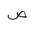
Letter: _sad